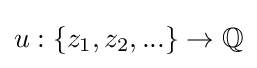
u:\{z_{1},z_{2},...\}\to \mathbb {Q}